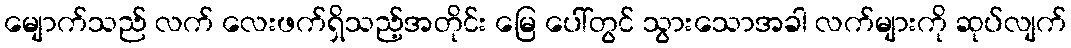
မျောက်သည် လက် လေးဖက်ရှိသည့်အတိုင်း မြေ ပေါ်တွင် သွားသောအခါ လက်များကို ဆုပ်လျက်